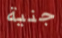
جنية